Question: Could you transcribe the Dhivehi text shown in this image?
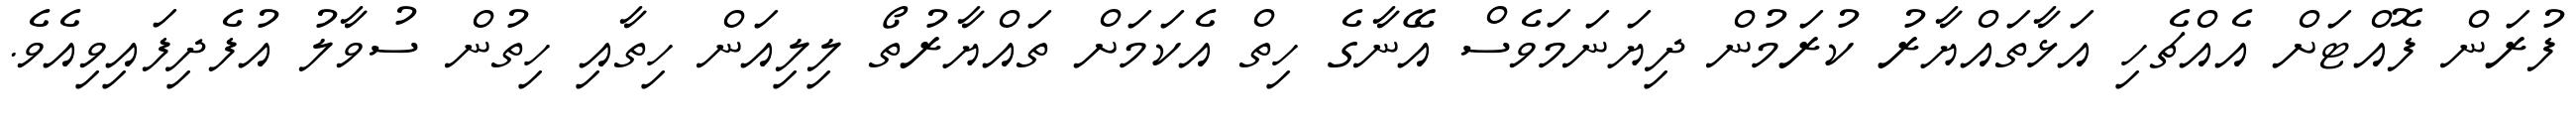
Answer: ފުރަން ފޮއްޓަށް އެއްޗެހި އަޅާތައްޔާރު ކުރަމުން ދިޔަނަމަވެސް އޭނާގެ ހިތް އެކަމަށް ތައްޔާރުތޯ ލިލިއަން ހިތާއި ހިތުން ސުވާލު އުފެދިފައިވިއެވެ.